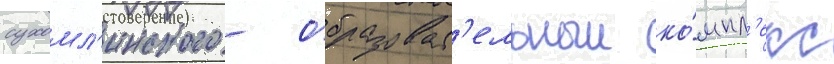
сухомл'инского - образоват'ельныи ко́мпл'екс